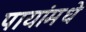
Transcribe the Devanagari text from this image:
पायांमधे